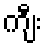
ကျီး